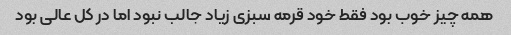
همه چیز خوب بود فقط خود قرمه سبزی زیاد جالب نبود اما در کل عالی بود